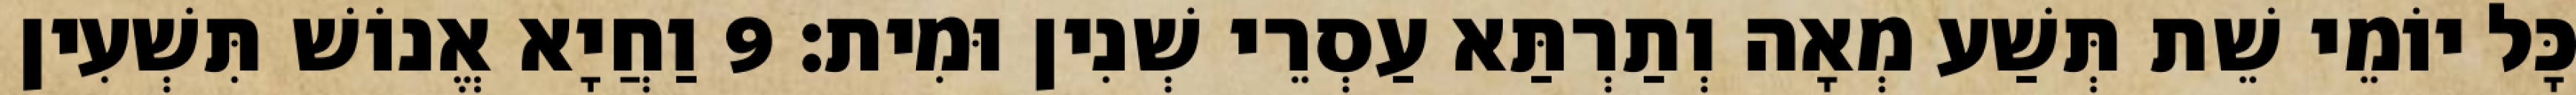
כָּל יוֹמֵי שֵׁת תְּשַׁע מְאָה וְתַרְתַּא עַסְרֵי שְׁנִין וּמִית׃ 9 וַחֲיָא אֱנוֹשׁ תִּשְׁעִין